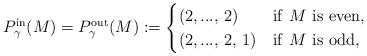
LaTeX: \begin{align*} P_{\gamma}^{\mathrm{in}}(M)=P_{\gamma}^{\mathrm{out}}(M):= \begin{cases} (2,...,\,2) & \mathrm{if}\,\,M\,\,\mathrm{is\,\,even}, \\ (2,...,\,2,\,1) & \mathrm{if}\,\,M\,\,\mathrm{is\,\,odd}, \end{cases}\end{align*}